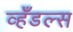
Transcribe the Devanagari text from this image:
व्हँडल्स